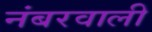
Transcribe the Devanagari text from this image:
नंबरवाली